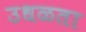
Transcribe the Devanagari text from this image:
उधळता